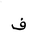
Letter: _fa